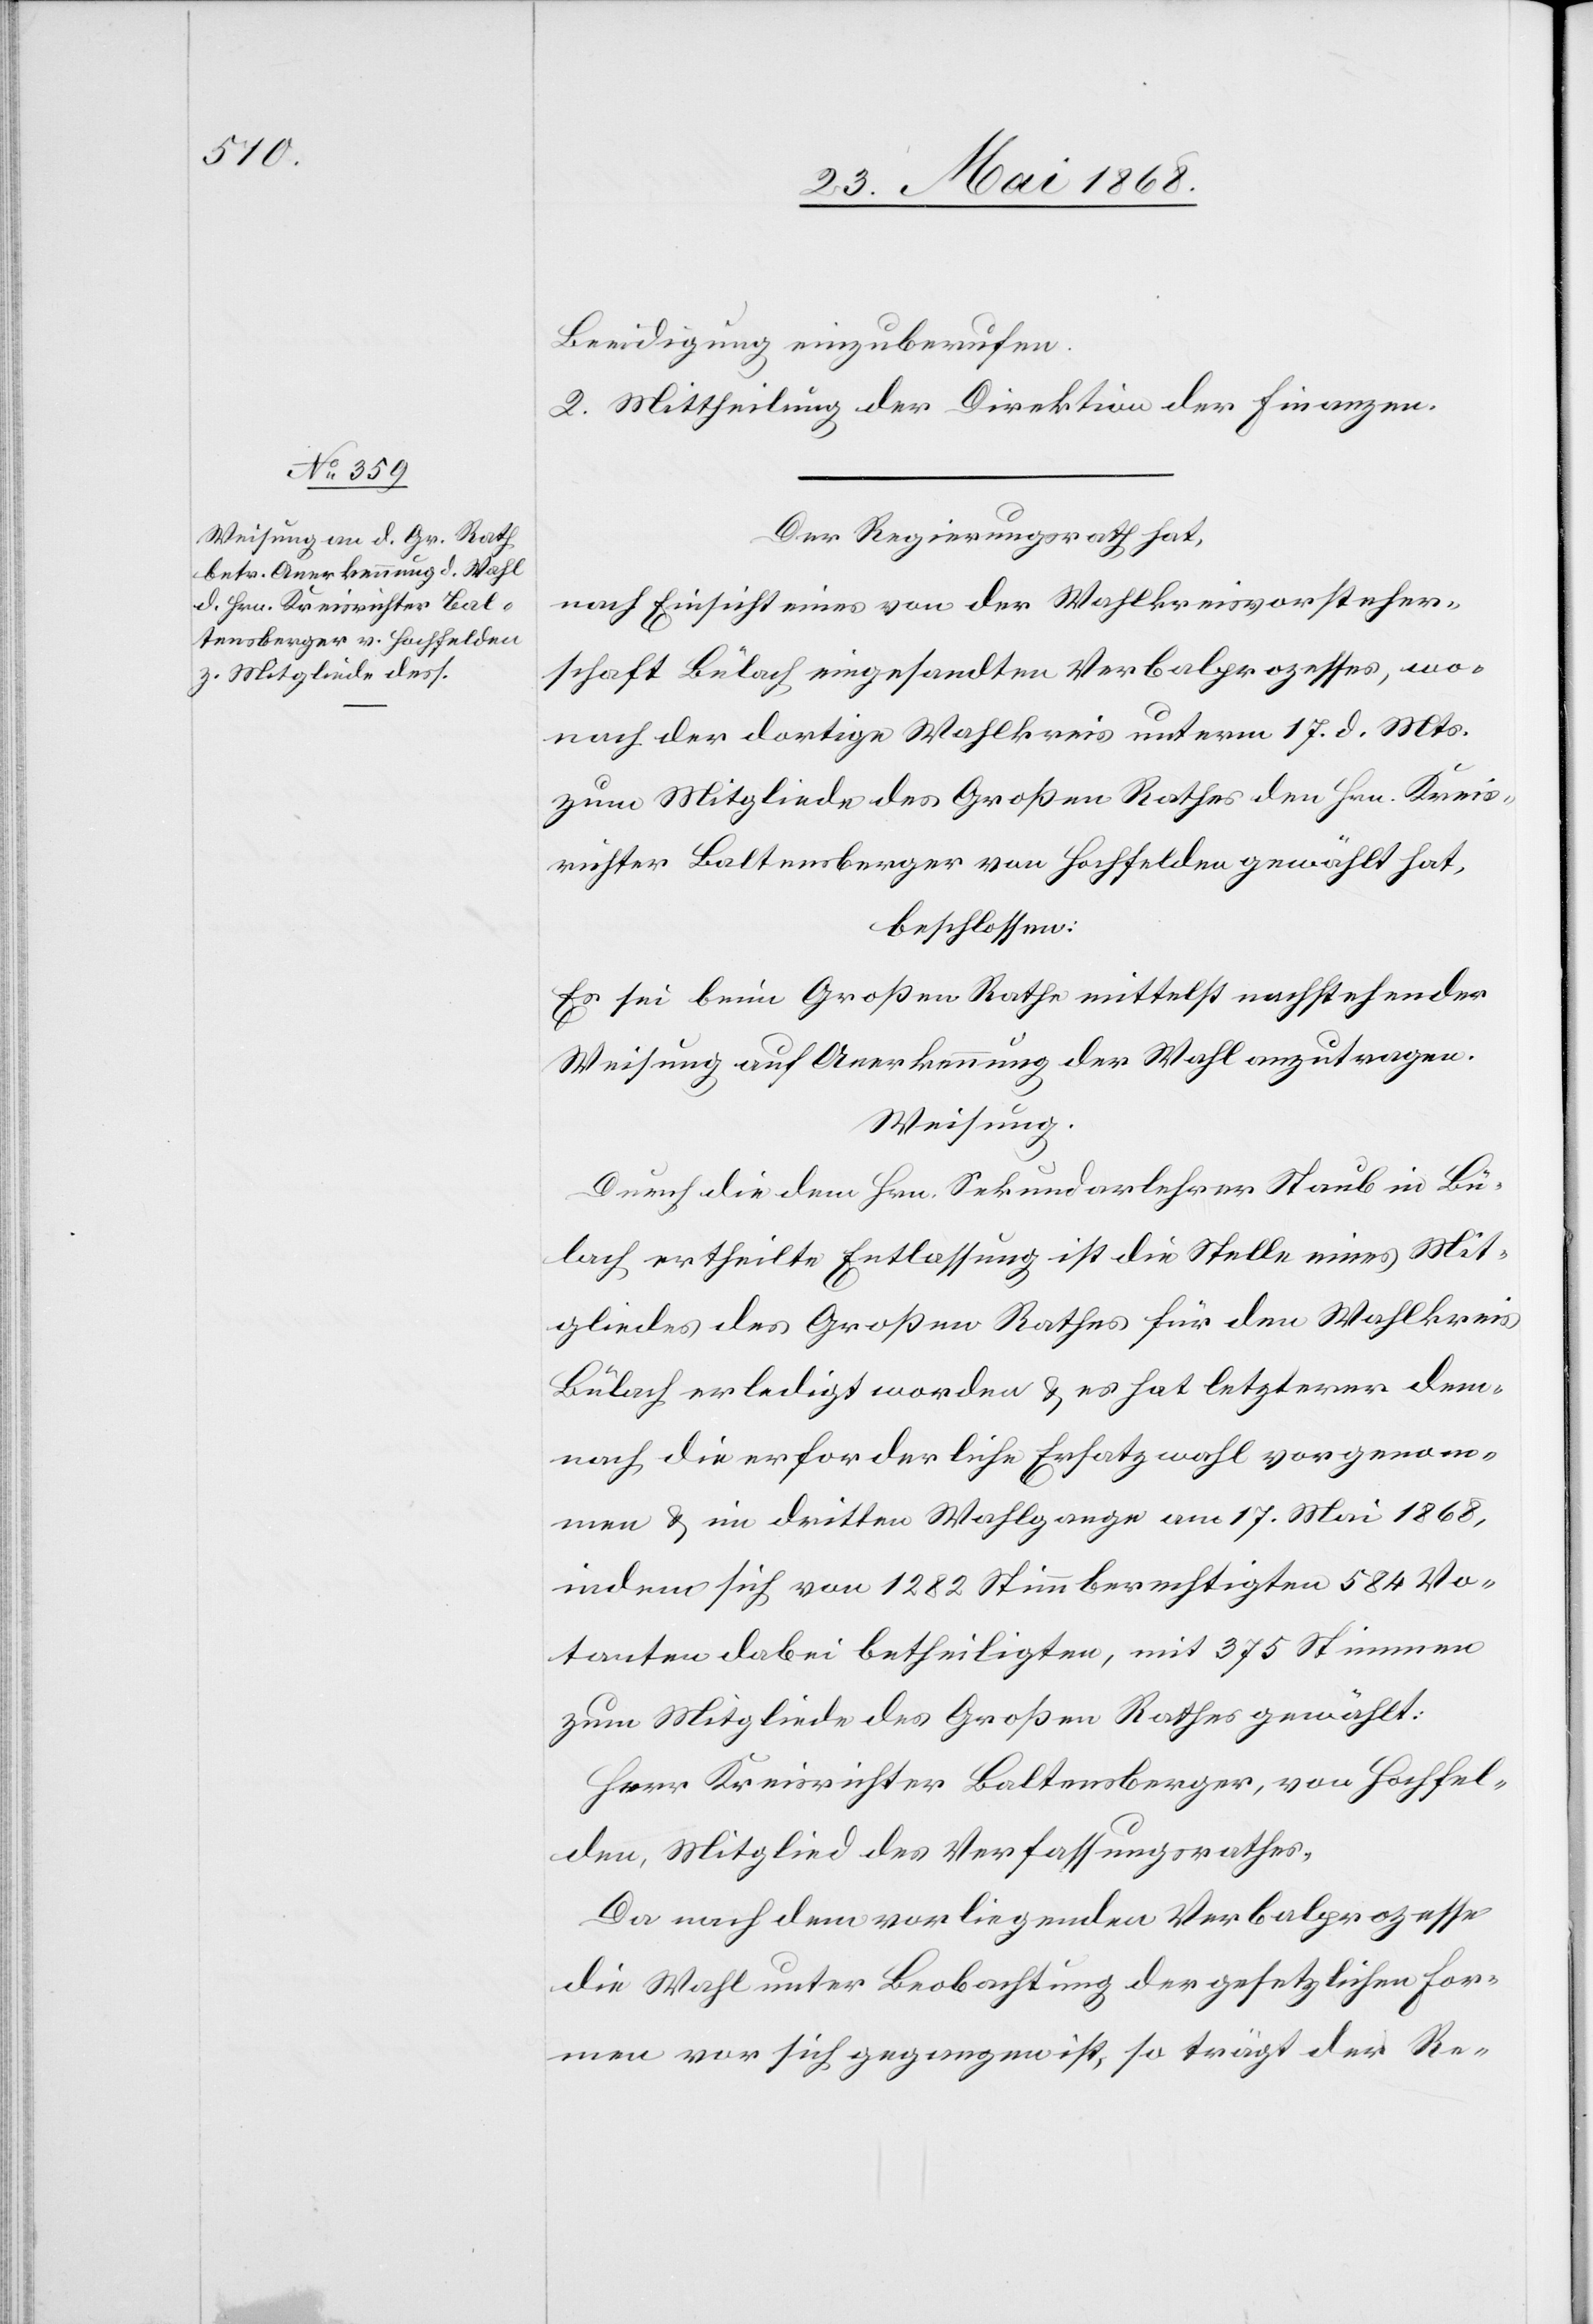
Beeidigung einzuberufen.
2. Mittheilung der Direktion der Finanzen.
Der Regierungsrath hat,
nach Einsicht eines von der Wahlkreisvorsteher¬
schaft Bülach eingesandten Verbalprozesses, wo¬
nach der dortige Wahlkreis unterm 17. d. Mts.
zum Mitgliede des Großen Rathes den Hrn. Kreis¬
richter Baltensberger von Hochfelden gewählt hat,
beschlossen:
Es sei beim Großen Rathe mittelst nachstehender
Weisung auf Anerkennung der Wahl anzutragen.
Weisung.
Durch die dem Hrn. Sekundarlehrer Staub in Bü¬
lach ertheilte Entlassung ist die Stelle eines Mit¬
gliedes des Großen Rathes für den Wahlkreis
Bülach erledigt worden & es hat letzterer dem¬
nach die erforderliche Ersatzwahl vorgenom¬
men & im dritten Wahlgange am 17. Mai 1868,
indem sich von 1282 Stimmberechtigten 584 Vo¬
tanten dabei betheiligten, mit 375 Stimmen
zum Mitgliede des Großen Rathes gewählt:
Herr Kreisrichter Baltensberger, von Hochfel¬
den, Mitglied des Verfassungsrathes.
Da nach dem vorliegenden Verbalprozesse
die Wahl unter Beobachtung der gesetzlichen For¬
men vor sich gegangen ist, so trägt der Re-